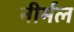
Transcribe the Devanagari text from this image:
नीर्मल